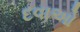
દવાઓ